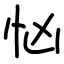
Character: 忷